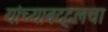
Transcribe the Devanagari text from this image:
यांच्याबद्दलचा